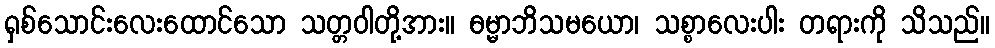
ရှစ်သောင်းလေးထောင်သော သတ္တဝါတို့အား။ ဓမ္မာဘိသမယော၊ သစ္စာလေးပါး တရားကို သိသည်။